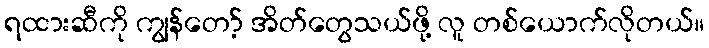
ရထားဆီကို ကျွန်တော့် အိတ်တွေသယ်ဖို့ လူ တစ်ယောက်လိုတယ်။